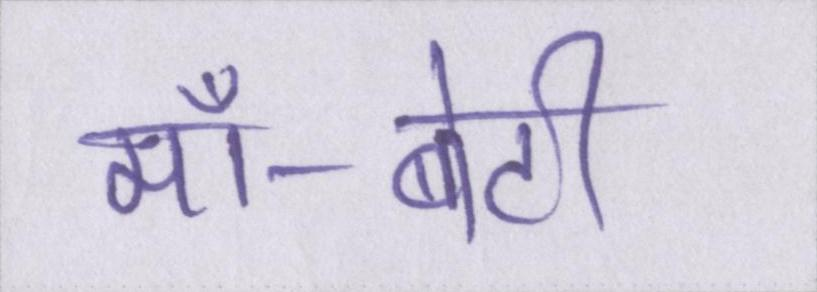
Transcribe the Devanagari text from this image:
माँ-बेटी